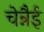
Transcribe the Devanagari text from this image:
चेन्नैई